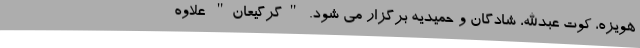
هویزه، کوت عبدالله، شادگان و حمیدیه برگزار می شود. "گرگیعان" علاوه